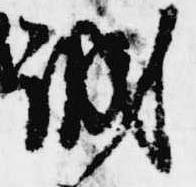
誠